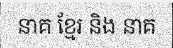
នាគ ខ្មែរ និង នាគ